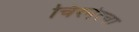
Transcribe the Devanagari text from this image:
चिरनेरचा